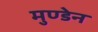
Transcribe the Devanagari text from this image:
मुण्‍डेन